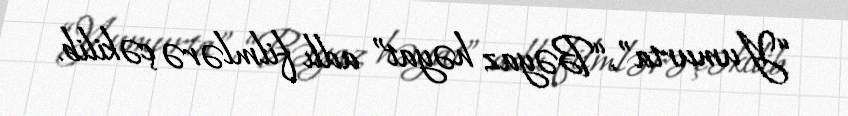
“Yumurta”, “Bəyaz həyat” adlı filmlərə çəkilib.